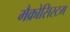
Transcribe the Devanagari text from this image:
मैक्रोसिस्टम